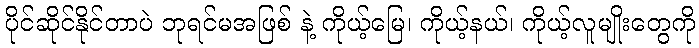
ပိုင်ဆိုင်နိုင်တာပဲ ဘုရင်မအဖြစ် နဲ့ ကိုယ့်မြေ၊ ကိုယ့်နယ်၊ ကိုယ့်လူမျိုးတွေကို